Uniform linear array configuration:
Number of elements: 12
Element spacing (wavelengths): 0.75
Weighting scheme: hamming
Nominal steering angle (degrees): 30
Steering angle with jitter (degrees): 30.868
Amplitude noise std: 0.05
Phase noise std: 0.05

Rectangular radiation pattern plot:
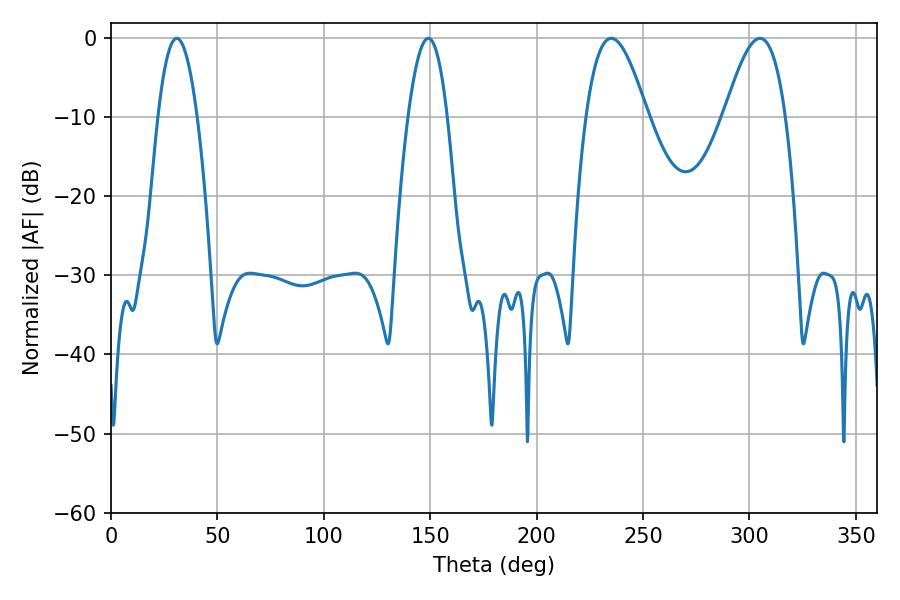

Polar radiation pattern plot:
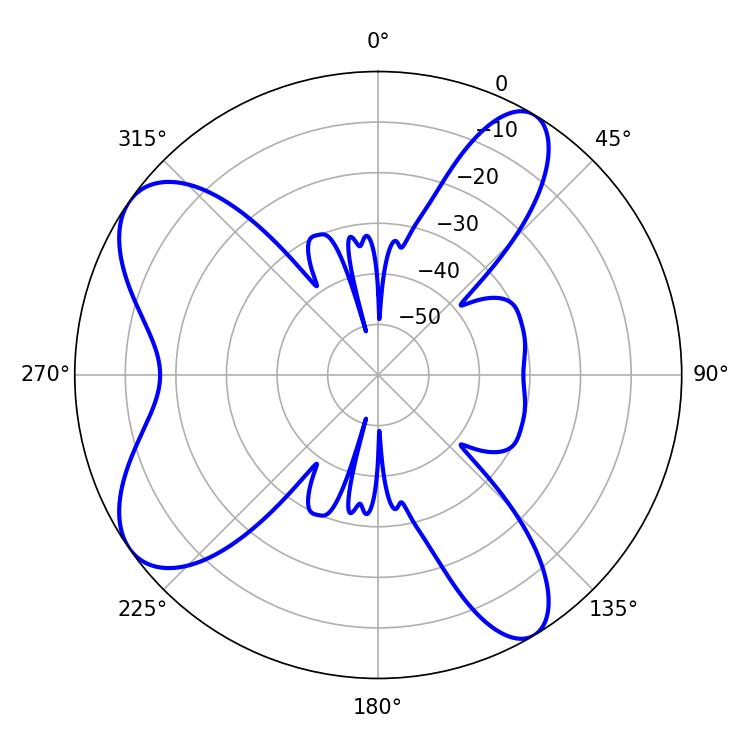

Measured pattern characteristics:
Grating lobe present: TRUE
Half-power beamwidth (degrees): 15.66
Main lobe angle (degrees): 235.08